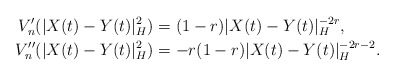
\begin{align*}V_n'(|X(t)-Y(t)|_H^2)&=(1-r)|X(t)-Y(t)|_H^{-2r}, \\V_n''(|X(t)-Y(t)|_H^2)&=-r(1-r)|X(t)-Y(t)|_H^{-2r-2}.\end{align*}